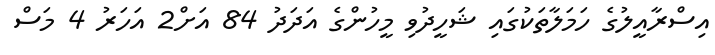
އިސްރާއީލުގެ ހަމަލާތަކުގައި ޝަހީދުވި މީހުންގެ އަދަދު 84 އަށް2 އަހަރު 4 މަސް